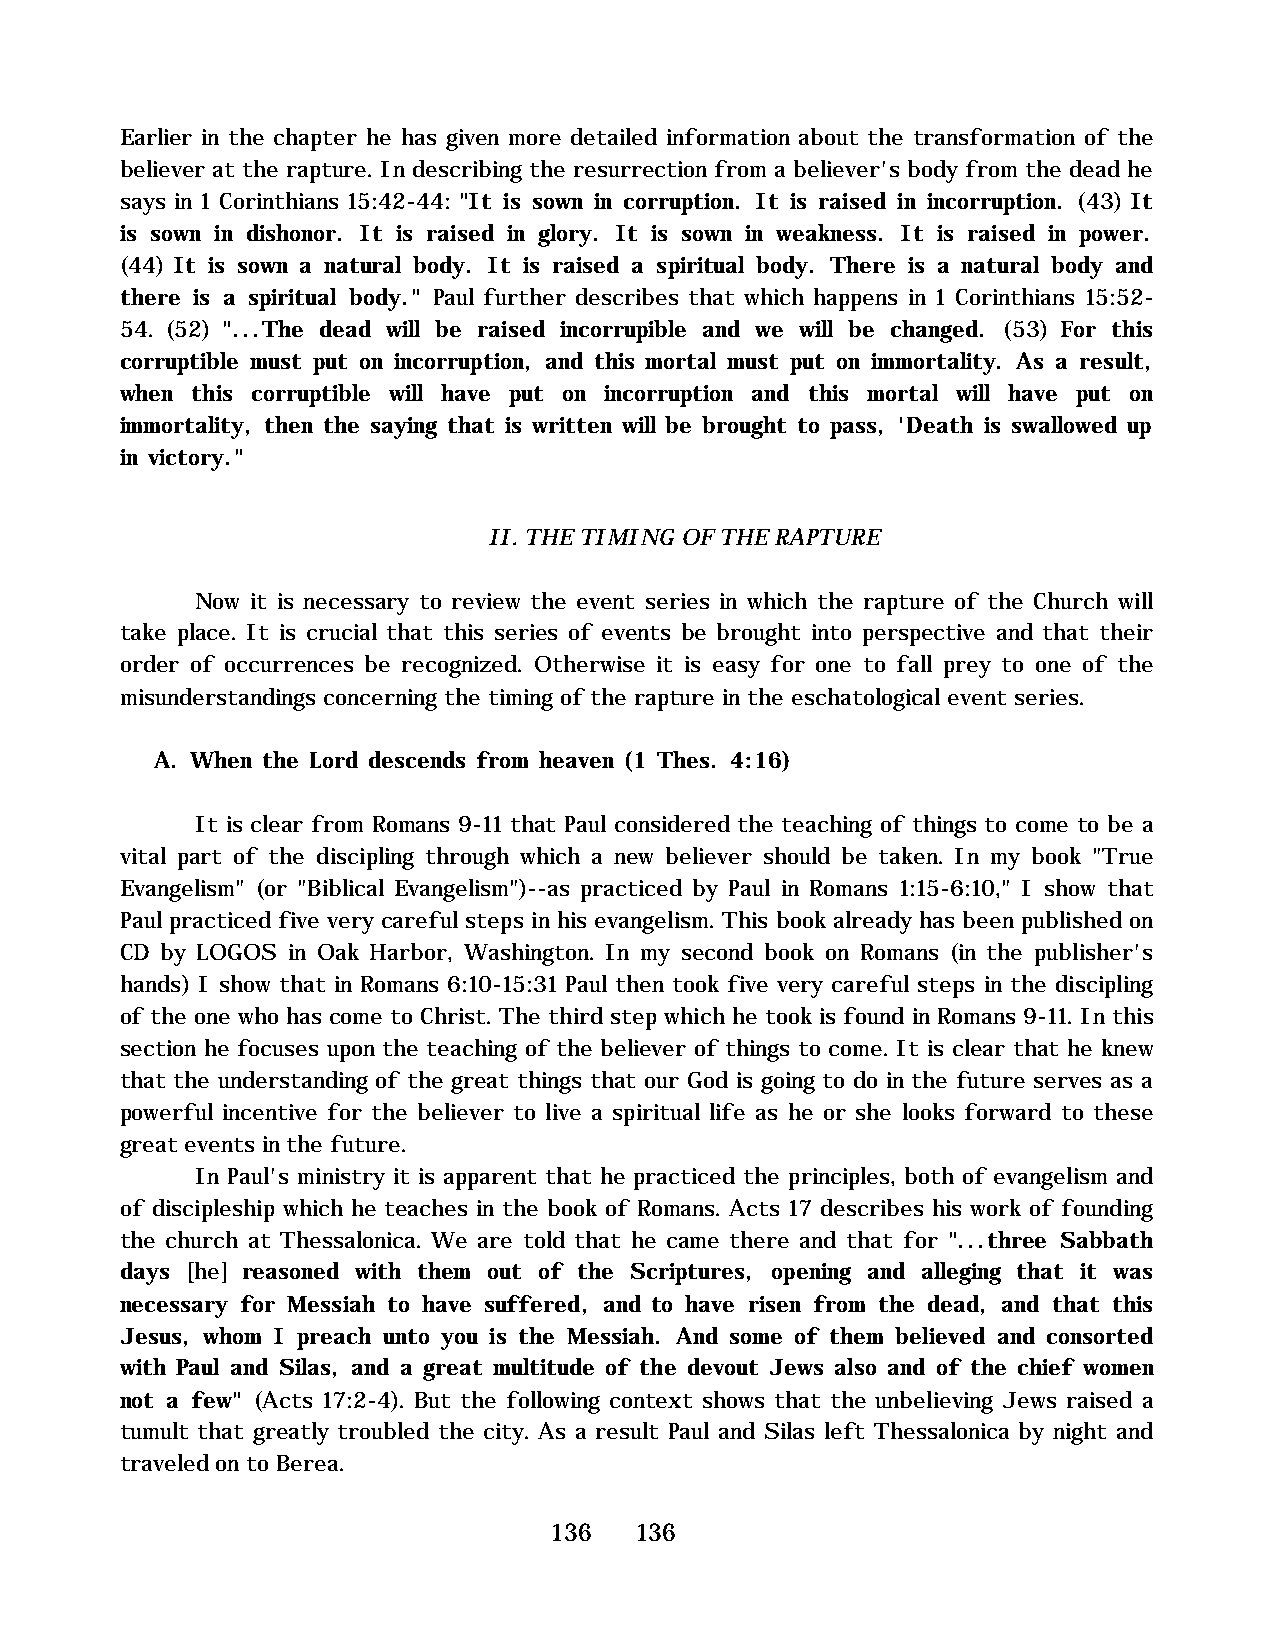
Earlier in the chapter he has given more detailed information about the transformation of the
 believer at the rapture. In describing the resurrection from a believer's body from the dead he
 says in 1 Corinthians 15:42-44: "It is sown in corruption. It is raised in incorruption. (43) It
 is sown in dishonor. It is raised in glory. It is sown in weakness. It is raised in power.
 (44) It is sown a natural body. It is raised a spiritual body. There is a natural body and
 there is a spiritual body." Paul further describes that which happens in 1 Corinthians 15:52-
 54. (52) "...The dead will be raised incorrupible and we will be changed. (53) For this
 corruptible must put on incorruption, and this mortal must put on immortality. As a result,
 when this corruptible will have put on incorruption and this mortal will have put on
 immortality, then the saying that is written will be brought to pass, 'Death is swallowed up
 in victory."
 II. THE TIMING OF THE RAPTURE
 Now it is necessary to review the event series in which the rapture of the Church will
 take place. It is crucial that this series of events be brought into perspective and that their
 order of occurrences be recognized. Otherwise it is easy for one to fall prey to one of the
 misunderstandings concerning the timing of the rapture in the eschatological event series.
 A. When the Lord descends from heaven (1 Thes. 4:16)
 It is clear from Romans 9-11 that Paul considered the teaching of things to come to be a
 vital part of the discipling through which a new believer should be taken. In my book "True
 Evangelism" (or "Biblical Evangelism")--as practiced by Paul in Romans 1:15-6:10," I show that
 Paul practiced five very careful steps in his evangelism. This book already has been published on
 CD by LOGOS in Oak Harbor, Washington. In my second book on Romans (in the publisher's
 hands) I show that in Romans 6:10-15:31 Paul then took five very careful steps in the discipling
 of the one who has come to Christ. The third step which he took is found in Romans 9-11. In this
 section he focuses upon the teaching of the believer of things to come. It is clear that he knew
 that the understanding of the great things that our God is going to do in the future serves as a
 powerful incentive for the believer to live a spiritual life as he or she looks forward to these
 great events in the future.
 In Paul's ministry it is apparent that he practiced the principles, both of evangelism and
 of discipleship which he teaches in the book of Romans. Acts 17 describes his work of founding
 the church at Thessalonica. We are told that he came there and that for "...three Sabbath
 days [he] reasoned with them out of the Scriptures, opening and alleging that it was
 necessary for Messiah to have suffered, and to have risen from the dead, and that this
 Jesus, whom I preach unto you is the Messiah. And some of them believed and consorted
 with Paul and Silas, and a great multitude of the devout Jews also and of the chief women
 not a few" (Acts 17:2-4). But the following context shows that the unbelieving Jews raised a
 tumult that greatly troubled the city. As a result Paul and Silas left Thessalonica by night and
 traveled on to Berea.
 136   136